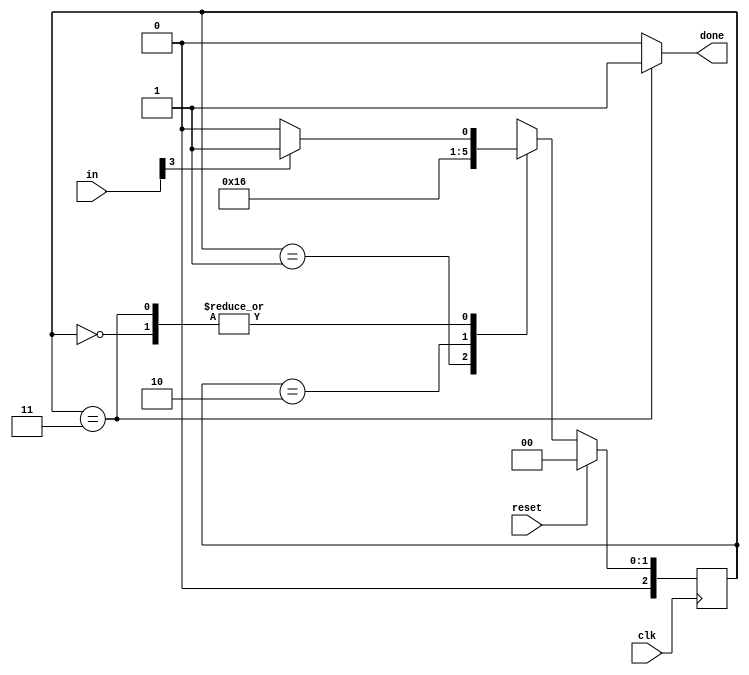
module top_module(
    input clk,
    input [7:0] in,
    input reset,    // Synchronous reset
    output done); //

parameter BYTE1 = 2'b00;
parameter BYTE2 = 2'b01;
parameter BYTE3 = 2'b10;
parameter DONE = 2'b11;

reg [2:0] state;
reg [2:0] next_state;

// sequential state transition logic 
always @(posedge clk)
begin
    if(reset)
        state <= BYTE1;
    else
        state <= next_state;
end

// combinational logic 
always @(*)
begin
    case(state)
        BYTE1: 
            if(in[3])
                next_state  = BYTE2;
            else
                next_state = BYTE1;
        BYTE2:
            next_state = BYTE3;
        BYTE3:
            next_state = DONE;
        DONE:
            if(in[3])
                next_state = BYTE2;
            else
                next_state = BYTE1;
        default: next_state = 2'bx; 
    endcase
end

// combinational logic output
assign done = (state == DONE)? 1'b1 : 1'b0;

endmodule